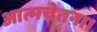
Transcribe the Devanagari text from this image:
आत्मचेतना।